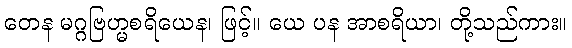
တေန မဂ္ဂဗြဟ္မစရိယေန၊ ဖြင့်။ ယေ ပန အာစရိယာ၊ တို့သည်ကား။